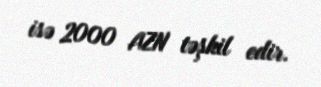
isə 2000 AZN təşkil edir.